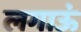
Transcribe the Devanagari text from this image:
लगाऊं